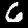
Label: 6